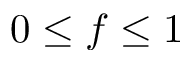
0 \leq f \leq 1